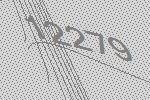
12279